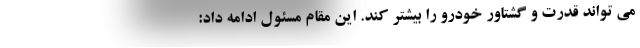
می تواند قدرت و گشتاور خودرو را بیشتر کند. این مقام مسئول ادامه داد: